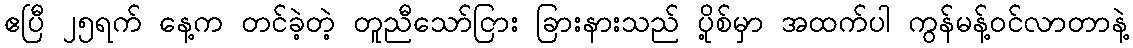
ဧပြီ ၂၅ရက် နေ့က တင်ခဲ့တဲ့ တူညီသော်ငြား ခြားနားသည် ပို့စ်မှာ အထက်ပါ ကွန်မန့်ဝင်လာတာနဲ့